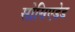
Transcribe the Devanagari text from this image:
सोसिएडेड